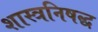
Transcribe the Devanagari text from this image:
शास्त्रनिषद्ध